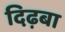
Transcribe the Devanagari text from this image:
दिढ़बा